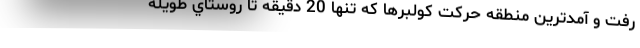
رفت و آمد‌ترين منطقه حركت كولبرها كه تنها 20 دقيقه تا روستاي طويله